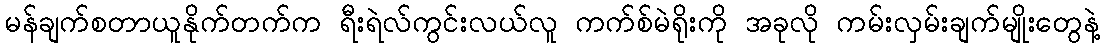
မန်ချက်စတာယူနိုက်တက်က ရီးရဲလ်ကွင်းလယ်လူ ကက်စ်မဲရိုးကို အခုလို ကမ်းလှမ်းချက်မျိုးတွေနဲ့